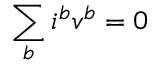
\sum _ { b } i ^ { b } v ^ { b } = 0